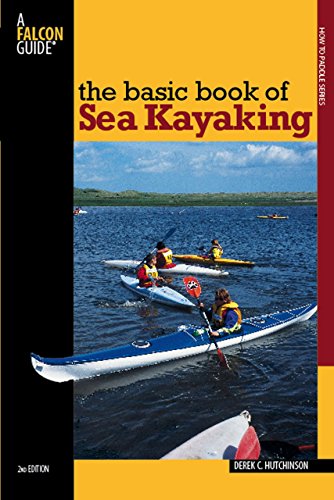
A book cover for Basic Book of Sea Kayaking (How to Paddle Series); Derek C. Hutchinson; Sports & Outdoors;